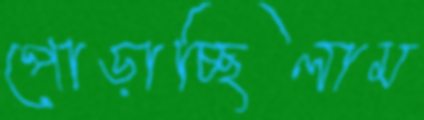
পোড়াচ্ছিলাম